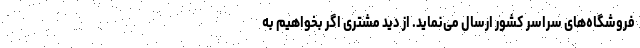
فروشگاه­های سراسر کشور ارسال می­نماید. از دید مشتری اگر بخواهیم به